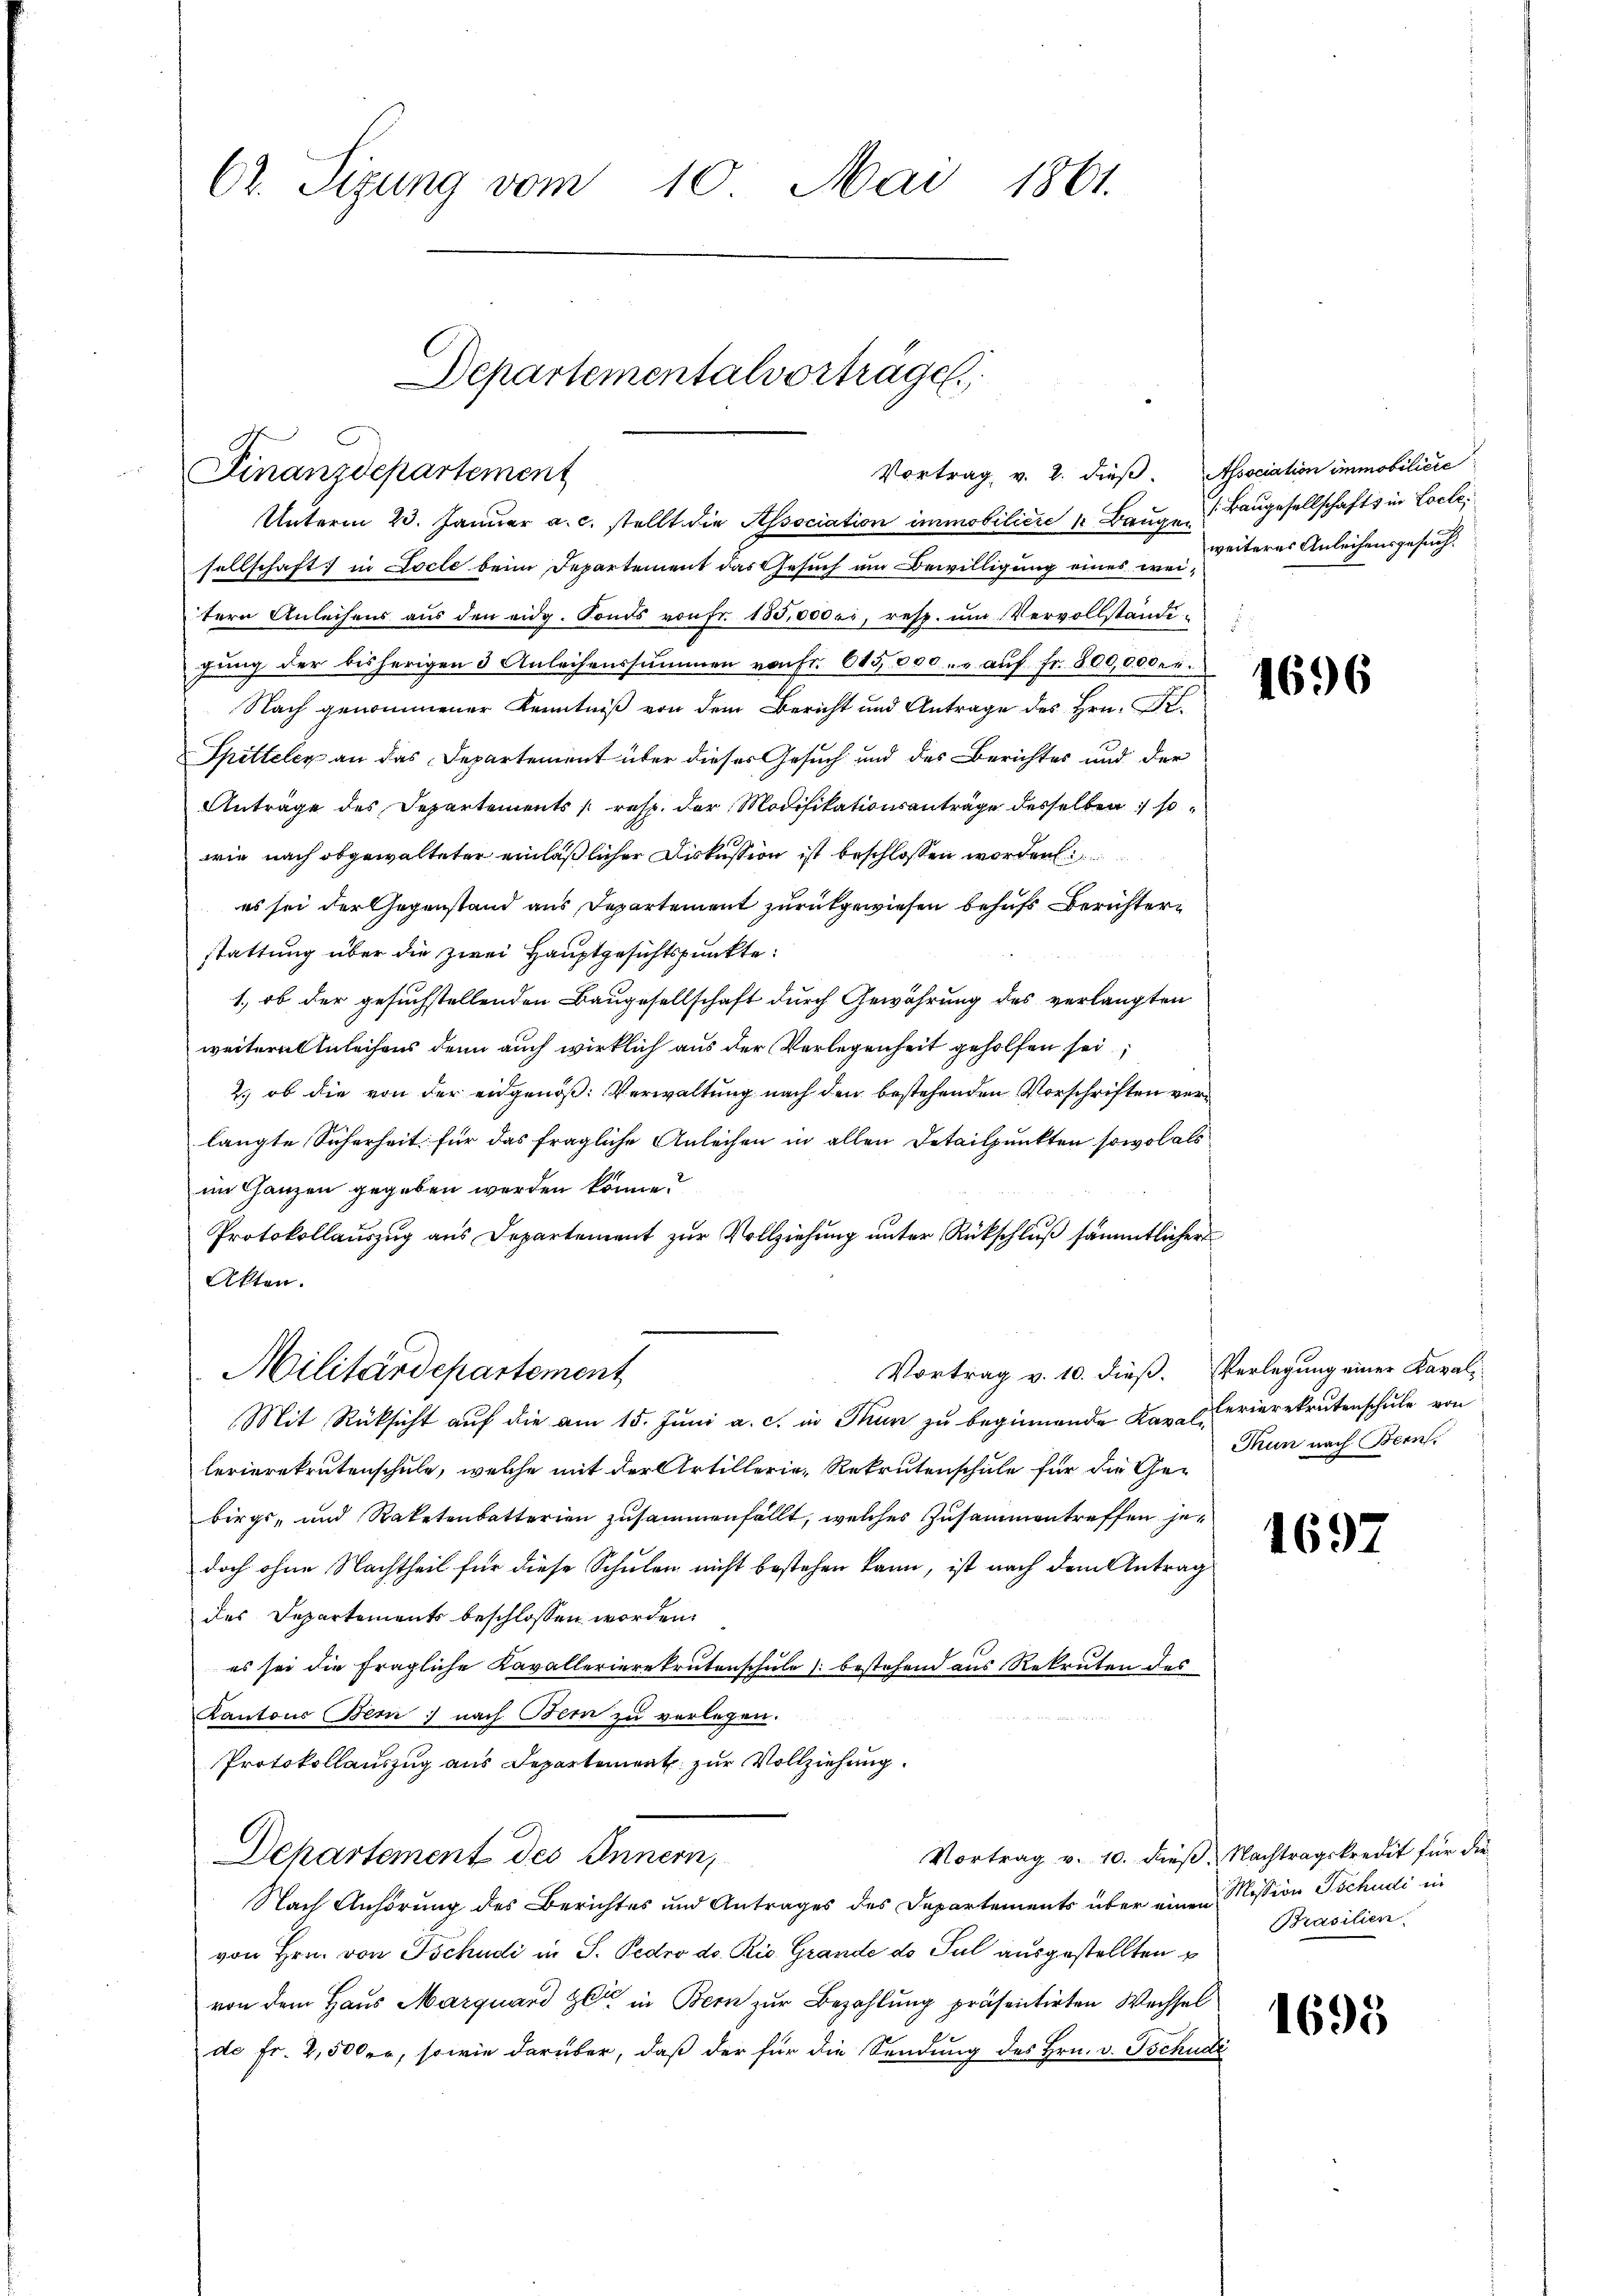
Finanzdepartement
Unterm 23. Jänner a. c. stellt die Association immobiliere 1 Bauge Baugesellschafts in Locle

C. Sizung vom 10. Mai 1861.
Departementalvorträge

sellschaft in Locle beim Departement das Gesuch um Bewilligung eines weitern Anleihens aus den eidg. Sonds von fr. 185,0000. resp. ŭm Vervollständigung der bisherigen 3 Anleihenssummen von Fr. 615,000.- aŭf fr. 800,0000.
Nach genommener Kenntniß von dem Bericht und Antrage des Hrn. D
Spittelen an das Departement über dieses Gesuch und des Berichtes und der
Anträge des Departements resp. der Modifikationsanträge desselben so
wie nach obgewalteter einläßlicher Diskussion ist beschlossen worden
es sei der Gegenstand aus Departement zurückgewiesen behufs Berichterstattung über die zwei Hauptgesichtspunkte:
1., ob der gesuchstellenden Baugesellschaft durch Gewährung des verlangten
weitere Anleihens denn auch wirklich aus der Verlegenheit geholfen sei,
2.) ob die von der eidgenöß: Verwaltung nach den bestehenden Vorschriften verlangte Sicherheit für das fragliche Anleihen in allen Detailpunkten sowol als
im Ganzen gegeben werden könne?
Protokollauszug aus Departement zur Vollziehung unter Rückschluß sämmtlicher
Akten.
Vortrag v. 10. dieß. Verlegung einer Kavali-
Militärdepartement
Mit Rücksicht auf die am 15. Juni a. c. in Thun zu beginnende Kavali
lerierekrutenschule, welche mit der Artillerie, Rekrutenschule für die Gebirgs- und Raketenbatterien zusammenfällt, welches Zusammentreffen jedoch ohne Nachtheil für diese Schulen nicht bestehen kann, ist nach dem Antrag
des Departements beschlossen worden.
es sei die fragliche Kavallerierekrutenschule bestehend aus Rekruten des
Kantons Bern nach Bern zu verlegen.
Protokollauszug aus Departement zur Vollziehung.
Vortrag v. 10. dieß Nachtragskredit für die
Departement des Innern,
Nach Anhörung des Berichtes und Antrages des Departements über einen Mission Tschudi in
von Hrn. von Tschudi in S. Pedro do. Rio. Grande de Pul ausgestellten
von dem Haus Marquand gli in Bern zur Bezahlung präsentirten Wechsel
de Fr. 2,500 er, sowie darüber, daß der für die Sendung des Hrn. v. Tschudi

Vortrag v. 2. dieß. Association immobiliere
weiteres Anleihensgesuch.

1696

Ferierekrutenschule von
Thun nach Bern.

1697

Brasilien

i

1695